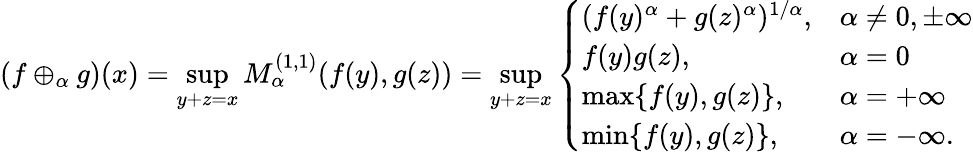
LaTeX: (f\oplus_{\alpha}g)(x)=\operatorname*{sup}_{y+z=x}M_{\alpha}^{(1,1)}(f(y),g(z))=\operatorname*{sup}_{y+z=x}\left\{ \begin{array}{ll}{(f(y)^{\alpha}+g(z)^{\alpha})^{1/\alpha},}&{\alpha\neq 0,\pm\infty}\\ {f(y)g(z),}&{\alpha=0}\\ {\operatorname*{max}\{ f(y),g(z)\} ,}&{\alpha=+\infty}\\ {\operatorname*{min}\{ f(y),g(z)\} ,}&{\alpha=-\infty.}\end{array}\right.